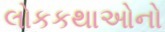
લોકકથાઓનો